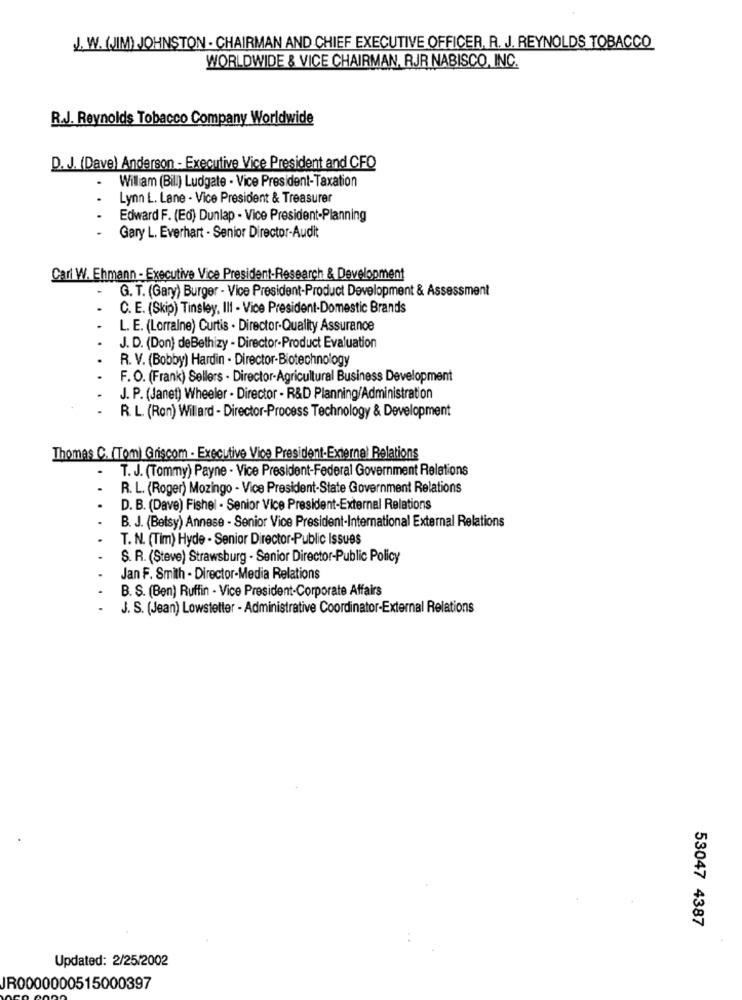
J. W. (JIM) JOHNSTON - CHAIRMAN AND CHIEF EXECUTIVE OFFICER, R. J. REYNOLDS TOBACCO
WORLDWIDE & VICE CHAIRMAN, RJR NABISCO, INC.
R.J. Reynolds Tobacco Company Worldwide
D. J. (Dave) Anderson - Executive Vice President and CFO
William (Bill) Ludgate - Vice President-Taxation
.
Lynn L. Lane - Vice President & Treasurer
.
Edward F. (Ed) Dunlap - Vice President-Planning
Gary L. Everhart - Senior Director-Audit
Carl W. Ehmann - Executive Vice President-Research & Development
G. T. (Gary) Burger - Vice President-Product Development & Assessment
-
C. E. (Skip) Tinsley, III - Vice President-Domestic Brands
L. E. (Lorraine) Curtis - Director-Quality Assurance
J. D. (Don) deBethizy - Director-Product Evaluation
R. V. (Bobby) Hardin - Director-Biotechnology
F. O. (Frank) Sellers - Director-Agricultural Business Development
J. P. (Janet) Wheeler - Director - R&D Planning/Administration
R. L. (Ron) Willard - Director-Process Technology & Development
Thomas C. (Tom) Griscom - Executive Vice President-External Relations
-
T. J. (Tommy) Payne - Vice President-Federal Government Relations
R. L. (Roger) Mozingo - Vice President-State Government Relations
D. B. (Dave) Fishel - Senior Vice President-External Relations
B. J. (Belsy) Annese - Senior Vice President-International External Relations
T. N. (Tim) Hyde - Senior Director-Public Issues
S. R. (Steve) Strawsburg - Senior Director-Public Policy
Jan F. Smith - Director-Media Relations
B. S. (Ben) Ruffin - Vice President-Corporate Affairs
J. S. (Jean) Lowstelter - Administrative Coordinator-External Relations
53047 4387
Updated: 2/25/2002
JR0000000515000397